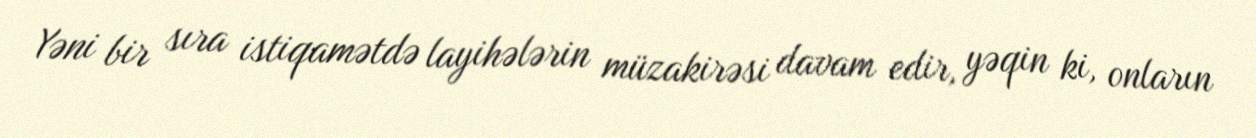
Yəni bir sıra istiqamətdə layihələrin müzakirəsi davam edir, yəqin ki, onların